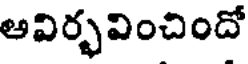
అవిర్భవించిందో